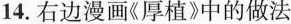
14.右边漫画《厚植》中的做法